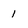
Character: 1